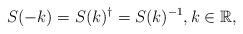
LaTeX: \begin{align*} S(-k)=S(k)^\dagger=S(k)^{-1},k\in\mathbb{R},\end{align*}